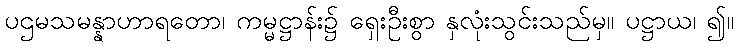
ပဌမသမန္နာဟာရတော၊ ကမ္မဋ္ဌာန်း၌ ရှေးဦးစွာ နှလုံးသွင်းသည်မှ။ ပဋ္ဌာယ၊ ၍။